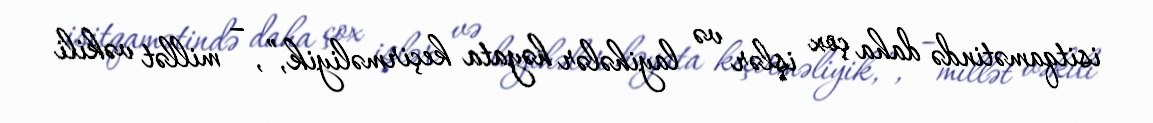
isitqamətində daha çox işlər və layihələr həyata keçirməliyik,”, – millət vəkili